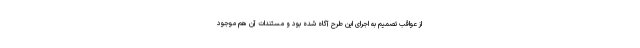
از عواقب تصمیم به اجرای این طرح آگاه شده بود و مستندات آن هم موجود